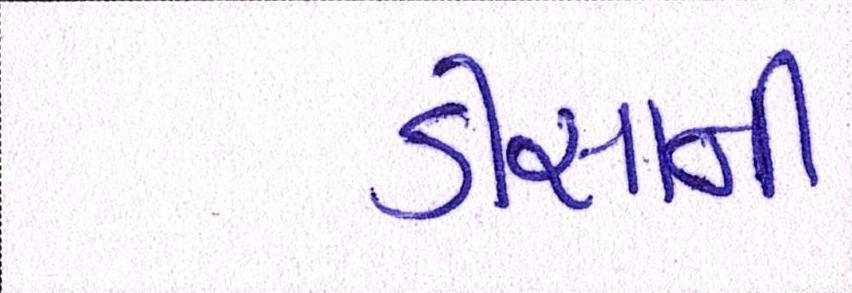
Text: ડીસાની